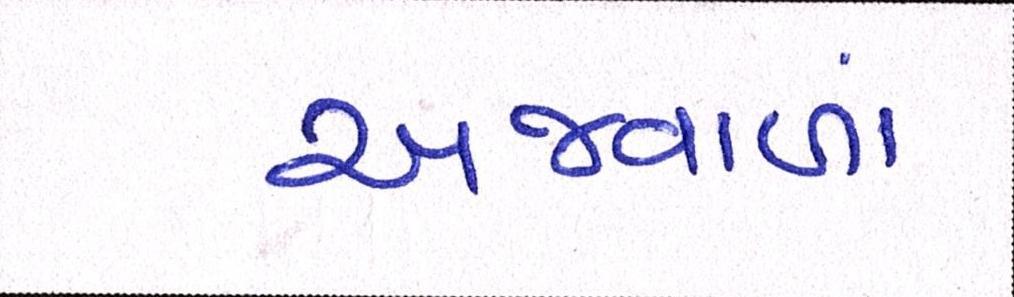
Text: અજવાળાં